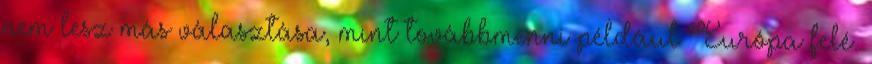
nem lesz más választása, mint továbbmenni például Európa felé.